Civil Veterinary Department. Central Provinces & Berar 1932-41 - 1932-1941
Year: 1932
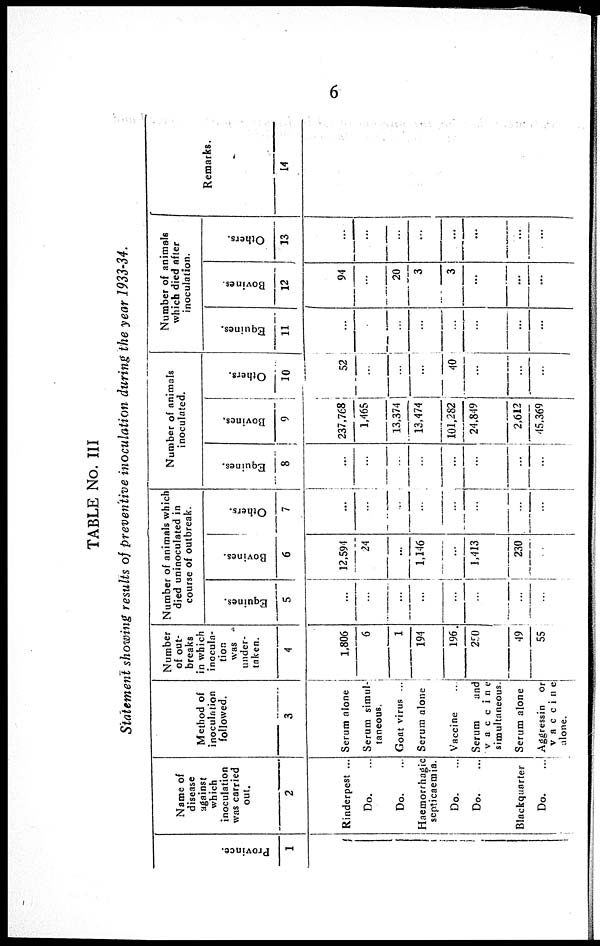
6
TABLE No. III
Statement showing results of preventive inoculation during the year 1933-34.
Pr ovi nce.
1
Name of
disease
against
which
inoculation
was carried
out.
2
Rinderpest ...
Do. ...
Do. ...
Haemorrhagic
septicaemia.
Do. ...
Do. ...
Blackquarter
Do.
...
Method of
inoculation
followed.
3
Serum alone
Serum simul-
taneous.
Goat virus ...
Serum alone
Vaccine
Serum
and
vaccine
simultaneous.
Serum alone
Aggressin or
vaccine
alone.
Number
of out-
breaks
in which
inocula-
tion
was
under-
taken.
4
1,806
6
1
194
196
250
49
55
Number of animals which
died uninoculated in
course of outbreak.
Equines.
5
...
...
...
...
...
...
...
...
Bovines.
6
12,594
24
...
1,146
...
1,413
230
...
Others.
7
...
...
...
...
...
...
...
...
Number of animals
inoculated.
Equines.
8
...
...
...
...
...
...
...
...
Bovines.
9
237,768
1,465
13,374
13,474
101,282
24,849
2,612
45,369
Others.
10
52
...
...
...
40
...
...
...
Number of animals
which died after
inoculation.
Equines.
11
...
...
...
...
...
...
...
Bovines.
12
94
...
20
3
3
...
...
...
Others.
13
...
...
...
...
...
...
...
...
Remarks.
14